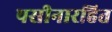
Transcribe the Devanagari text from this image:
पसीनारहित